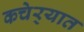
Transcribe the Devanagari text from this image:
कचेर्‍यात